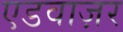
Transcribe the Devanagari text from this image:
एडवाज़र